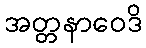
အတ္တနာဝေဒိ